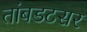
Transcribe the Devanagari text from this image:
तांबडटसर